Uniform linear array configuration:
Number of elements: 64
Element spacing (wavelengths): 1
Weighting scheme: exponential
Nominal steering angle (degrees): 45
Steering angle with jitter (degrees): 43.427
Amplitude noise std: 0.05
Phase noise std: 0.05

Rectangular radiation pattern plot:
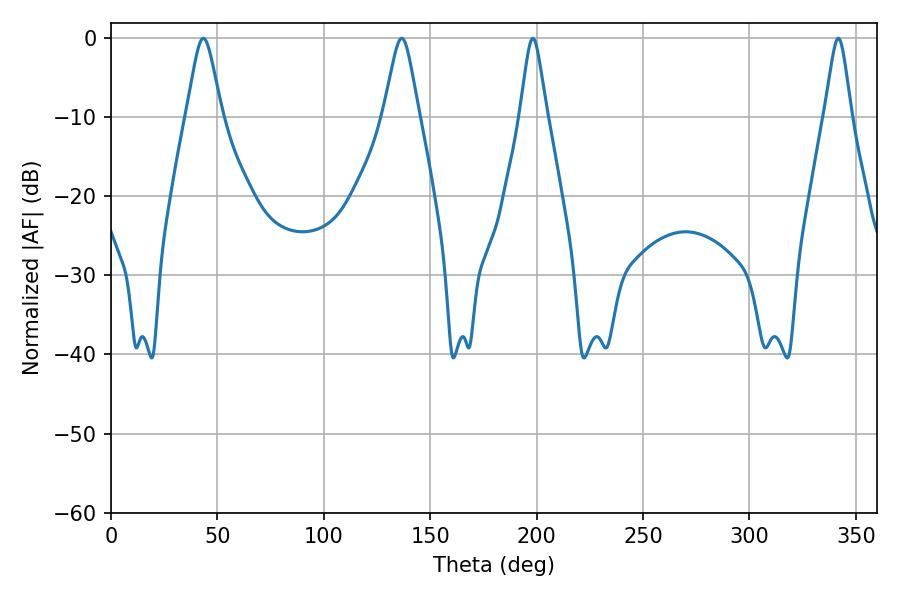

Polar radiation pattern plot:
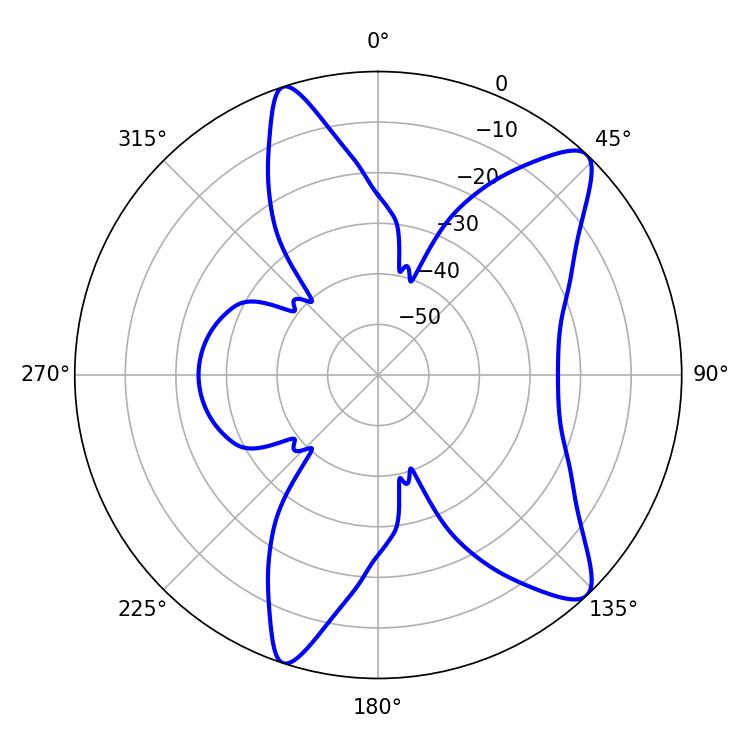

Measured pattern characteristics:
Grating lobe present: TRUE
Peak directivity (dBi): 11.039
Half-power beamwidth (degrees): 7.92
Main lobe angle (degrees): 43.38